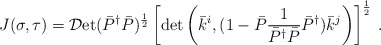
\begin{align*}\displaystyle J(\sigma, \tau) = {\cal D}\mbox{et} (\bar{P}^{\dag} \bar{P} )^{\frac{1}{2}} \left[ \det \left( \bar{k}^{i}, ( 1 - \bar{P} \frac{1}{\bar{P}^{\dag} \bar{P}} \bar{P}^{\dag}) \bar{k}^{j} \right) \right]^{\frac{1}{2}} \: . \end{align*}